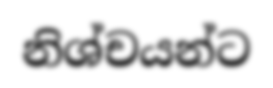
නිශ්චයන්ට